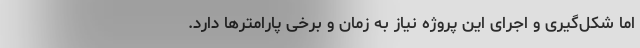
اما شکل‌گیری و اجرای این پروژه نیاز به زمان و برخی پارامترها دارد.